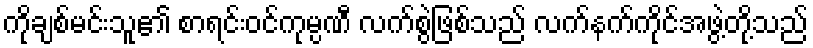
ကိုချစ်မင်းသူ၏ စာရင်းဝင်ကုမ္ပဏီ လက်စွဲဖြစ်သည် လက်နက်ကိုင်အဖွဲ့တို့သည်